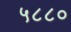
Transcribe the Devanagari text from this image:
५८८०